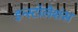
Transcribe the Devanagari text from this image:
इन्स्टॉलेशंस